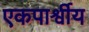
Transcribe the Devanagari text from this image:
एकपार्श्वीय